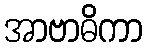
အာဗာဓိကာ